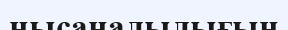
нысаналылығын